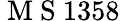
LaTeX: \mathrm{~M~S~}1358